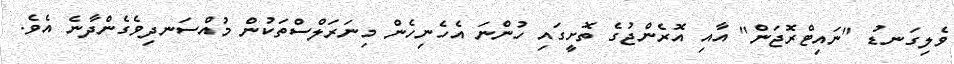
ވެލިގަނޑު "ނައިޓްރޮޖަން" އާއި އޮރެންޖުގެ ތޮށީގައި ހުންނަ އެހެނިހެން މިނަރަލްސްތަކުން މުއްސަނދިވެގެންދާނެ އެވެ.